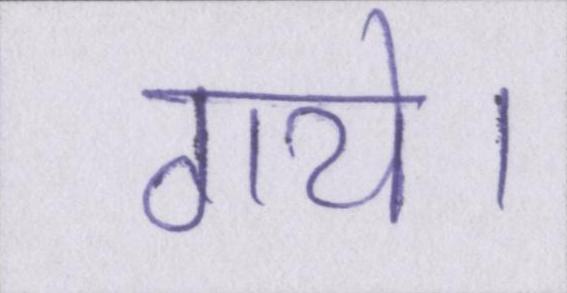
गये।